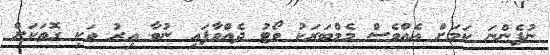
ނުފެންނަ ކަމަށް އެއްވެސް މެމްބަރަކު ވޯޓު ދެއްވާފައި ނުވާ އިރު ވަކި ގޮތަކަށް